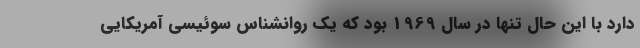
دارد با این حال تنها در سال 1969 بود که یک روانشناس سوئیسی آمریکایی